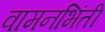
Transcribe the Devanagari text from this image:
वामनभिंती